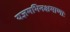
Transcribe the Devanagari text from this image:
यज्ञमभिनक्षमाणाः